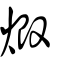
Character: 煅